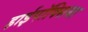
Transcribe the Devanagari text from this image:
हाईपॉक्सिया